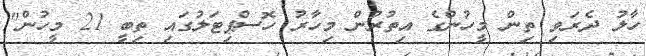
ހާލު ދެރަވި ތިން މީހުންގެ އިތުރުން މިހާރު ހޮސްޕިޓަލުގައި ތިބީ 21 މީހުން"